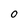
Character: O